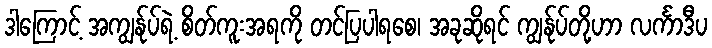
ဒါကြောင့် အကျွန်ုပ်ရဲ့ စိတ်ကူးအရကို တင်ပြပါရစေ၊ အခုဆိုရင် ကျွန်ုပ်တို့ဟာ လင်္ကာဒီပ